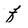
Character: f